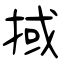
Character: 掝